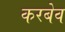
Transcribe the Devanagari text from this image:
करबेव